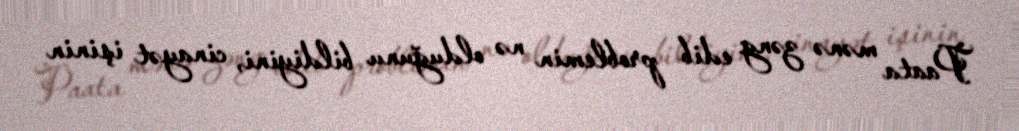
Paata mənə zəng edib problemin nə olduğunu bildiyini, cinayət işinin